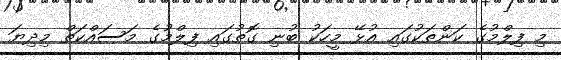
މި ފިލްމުގެ ކަންތަކުގައި އުޅޭ މީހަކު ބުނި ގޮތުގައި ފިލްމުގެ މަސައްކަތް މިދިޔަ